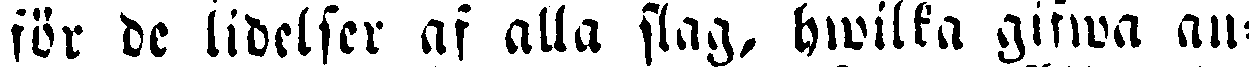
för de lidelser af alla slag, hwilka gifwa an-